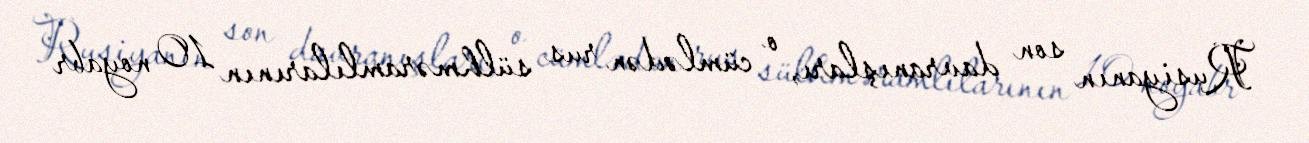
Rusiyanın son davranışları, o cümlədən rus sülhməramlılarının 10 noyabr